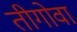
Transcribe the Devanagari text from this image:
तीगोवा